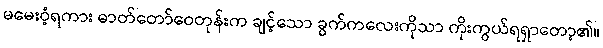
မမေးဝံ့ရကား ဓာတ်တော်ဝေတုန်းက ချင့်သော ခွက်ကလေးကိုသာ ကိုးကွယ်ရရှာတော့၏။